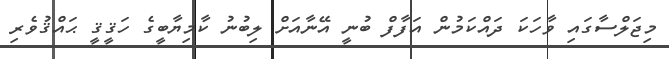
މިޖަލްސާގައި ވާހަކަ ދައްކަމުން އަފާފް ބުނީ އޭނާއަށް ލިބުނު ކާމިޔާބީގެ ހަޤީޤީ ޙައްޤުވެރި